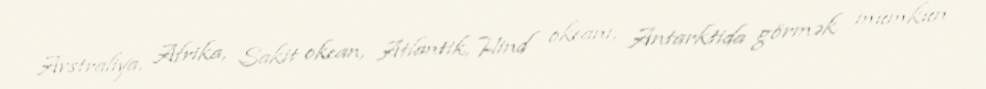
Avstraliya, Afrika, Sakit okean, Atlantik, Hind okeanı, Antarktida görmək mümkün